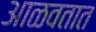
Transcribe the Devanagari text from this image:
आळवतात